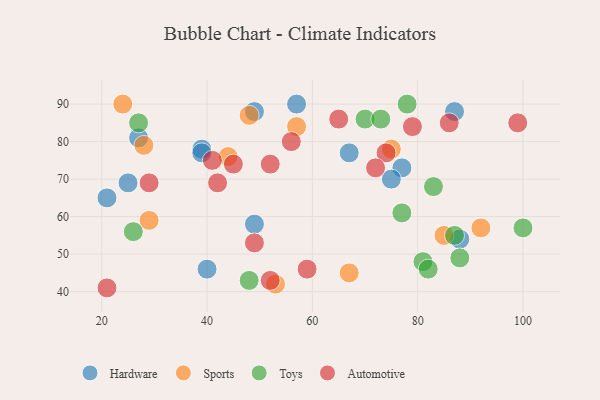
{"axis": {"x": "GDP", "y": "Life Expectancy"}, "legend": ["Automotive", "Hardware", "Sports", "Toys"], "data": [{"x": "49", "y": 88, "type": "Hardware"}, {"x": "67", "y": 77, "type": "Hardware"}, {"x": "39", "y": 78, "type": "Hardware"}, {"x": "39", "y": 77, "type": "Hardware"}, {"x": "77", "y": 73, "type": "Hardware"}, {"x": "49", "y": 58, "type": "Hardware"}, {"x": "75", "y": 70, "type": "Hardware"}, {"x": "87", "y": 88, "type": "Hardware"}, {"x": "57", "y": 90, "type": "Hardware"}, {"x": "27", "y": 81, "type": "Hardware"}, {"x": "88", "y": 54, "type": "Hardware"}, {"x": "25", "y": 69, "type": "Hardware"}, {"x": "40", "y": 46, "type": "Hardware"}, {"x": "21", "y": 65, "type": "Hardware"}, {"x": "28", "y": 79, "type": "Sports"}, {"x": "24", "y": 90, "type": "Sports"}, {"x": "29", "y": 59, "type": "Sports"}, {"x": "67", "y": 45, "type": "Sports"}, {"x": "92", "y": 57, "type": "Sports"}, {"x": "48", "y": 87, "type": "Sports"}, {"x": "44", "y": 76, "type": "Sports"}, {"x": "57", "y": 84, "type": "Sports"}, {"x": "75", "y": 78, "type": "Sports"}, {"x": "85", "y": 55, "type": "Sports"}, {"x": "53", "y": 42, "type": "Sports"}, {"x": "70", "y": 86, "type": "Toys"}, {"x": "83", "y": 68, "type": "Toys"}, {"x": "78", "y": 90, "type": "Toys"}, {"x": "26", "y": 56, "type": "Toys"}, {"x": "73", "y": 86, "type": "Toys"}, {"x": "27", "y": 85, "type": "Toys"}, {"x": "81", "y": 48, "type": "Toys"}, {"x": "100", "y": 57, "type": "Toys"}, {"x": "87", "y": 55, "type": "Toys"}, {"x": "48", "y": 43, "type": "Toys"}, {"x": "82", "y": 46, "type": "Toys"}, {"x": "77", "y": 61, "type": "Toys"}, {"x": "88", "y": 49, "type": "Toys"}, {"x": "59", "y": 46, "type": "Automotive"}, {"x": "52", "y": 43, "type": "Automotive"}, {"x": "56", "y": 80, "type": "Automotive"}, {"x": "21", "y": 41, "type": "Automotive"}, {"x": "29", "y": 69, "type": "Automotive"}, {"x": "42", "y": 69, "type": "Automotive"}, {"x": "99", "y": 85, "type": "Automotive"}, {"x": "74", "y": 77, "type": "Automotive"}, {"x": "49", "y": 53, "type": "Automotive"}, {"x": "86", "y": 85, "type": "Automotive"}, {"x": "79", "y": 84, "type": "Automotive"}, {"x": "65", "y": 86, "type": "Automotive"}, {"x": "72", "y": 73, "type": "Automotive"}, {"x": "45", "y": 74, "type": "Automotive"}, {"x": "41", "y": 75, "type": "Automotive"}, {"x": "52", "y": 74, "type": "Automotive"}]}